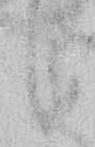
候